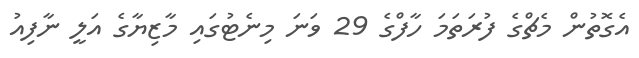
އެގޮތުން މެޗްގެ ފުރަތަމަ ހާފްގެ 29 ވަނަ މިނެޓުގައި މާޒިޔާގެ އަލީ ނާފިއު